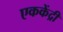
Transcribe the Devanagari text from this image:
एककेंद्री